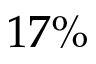
1 7 \%